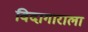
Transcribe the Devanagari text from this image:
विदागाराला